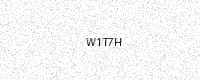
Text: W1T7H